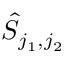
\hat { S } _ { j _ { 1 } , j _ { 2 } }